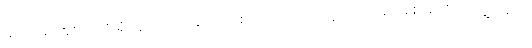
ဖိုင်အမျိုးအစား လို့ ရှိနေတာကနေ အသစ်ပြောင်းလိုက်တဲ့ ဖိုင်အမျိုးအစား ကိုပါတွေ့ရမယ်။